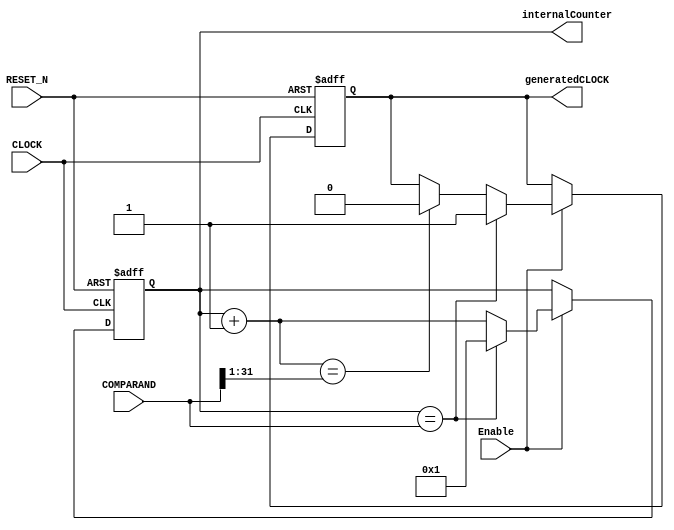
module Clock_Generator(CLOCK,
                       RESET_N,
                       internalCounter,
                       generatedCLOCK,
                       COMPARAND,
                       Enable);
    
    parameter n = 32;   // 32bit System
    
    input [n-1:0]COMPARAND;
    input CLOCK, RESET_N, Enable;
    output reg [n-1:0]internalCounter;
    output reg generatedCLOCK;
    
    initial
    begin
        internalCounter = 0;
        generatedCLOCK  = 0;
    end
    
    always@(posedge CLOCK or negedge RESET_N)
    begin
        if (~RESET_N)
        begin
            internalCounter = 0;
            generatedCLOCK  = 0;
        end
        else
        begin
            if (Enable)
            begin
                if (internalCounter == COMPARAND)
                begin
                    internalCounter = 1;
                    generatedCLOCK  = 1;    // Duty  = 50%, works as clock
                end
                else
                begin
                    internalCounter = internalCounter + 1;
                    if (internalCounter == {1'b0, COMPARAND[n-1:1]})
                    begin
                        generatedCLOCK = 0 ;    // Duty = 50%, Falling Edge
                    end
                end
            end
        end
    end
    
endmodule
    // EOF